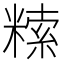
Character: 𥻨